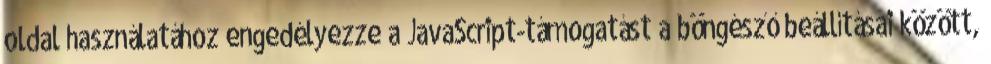
oldal használatához engedélyezze a JavaScript-támogatást a böngésző beállításai között,